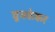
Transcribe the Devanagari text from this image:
घुमकेकर